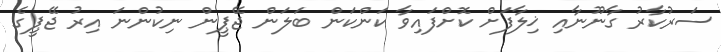
ސަރުކާރު ގާނޫނާއި ޚިލާފަށް ކޮށްފައިވާ ކަންކަން ބަލަން ޖޭޕީން ނިކުންނަ އިރު ޖޭޕީގެ